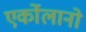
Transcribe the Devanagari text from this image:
एर्कोलानो